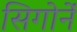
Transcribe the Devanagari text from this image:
सिगोर्ने